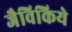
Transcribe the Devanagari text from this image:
जैविकिये